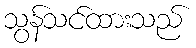
သွန်သင်ထားသည်